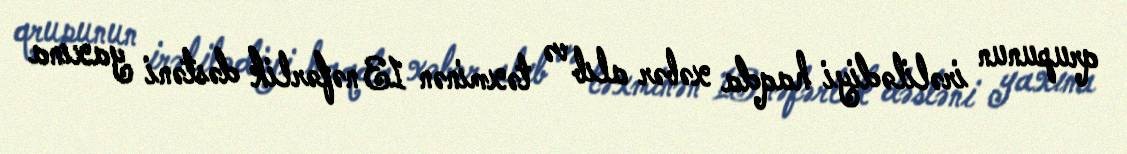
qrupunun irəlilədiyi haqda xəbər alıb və təxminən 13 nəfərlik dəstəni yaxına